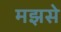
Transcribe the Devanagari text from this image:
मझसे